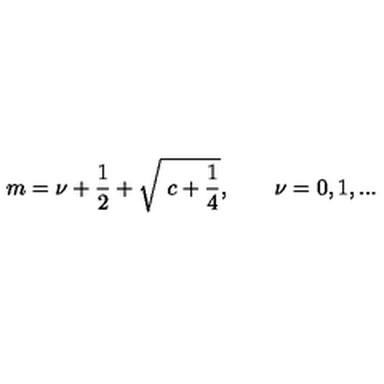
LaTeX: m = \nu + \frac { 1 } { 2 } + \sqrt { \ c + \frac { 1 } { 4 } } , \qquad \nu = 0 , 1 , . . .